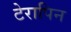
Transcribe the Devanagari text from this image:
टेरापिन